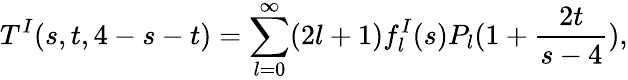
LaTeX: T^{I}(s,t,4-s-t)=\sum_{l=0}^{\infty}(2l+1)f_{l}^{I}(s)P_{l}(1+{\frac{2t}{s-4}}),